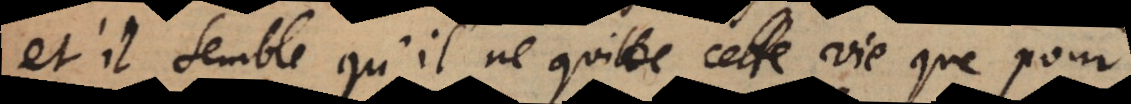
et il semble qu’il ne quitte cette vie que pour